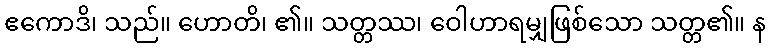
ဧကောဒိ၊ သည်။ ဟောတိ၊ ၏။ သတ္တဿ၊ ဝေါဟာရမျှဖြစ်သော သတ္တ၏။ န